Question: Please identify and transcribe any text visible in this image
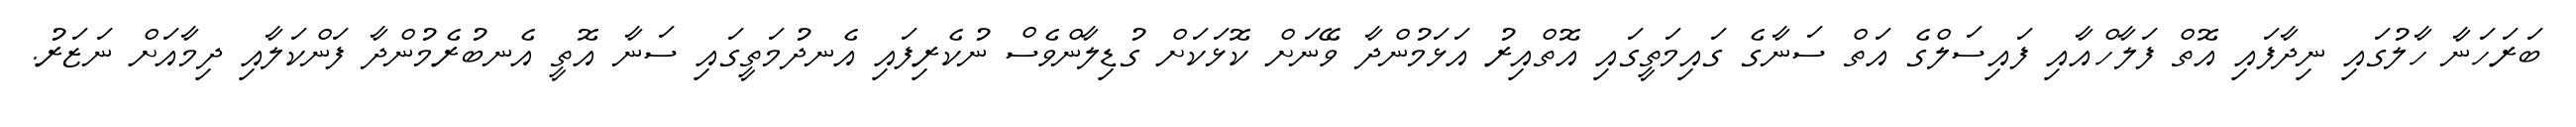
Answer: ބަރަހަނާ ހާލުގައި ނިދާފައި އޮތް ފަލާހްއާއި ފައިސަލްގެ އަތް ސަނާގެ ގައިމަތީގައި އޮތްއިރު އަޅަމުންދާ ވޭނަށް ކޮޅަކަށް ގުޑިލާންވެސް ނުކެރިފައި އެނދުމަތީގައި ސަނާ އޮތީ އެނބުރެމުންދާ ފަންކަލާއި ދިމާއަށް ނަޒަރު.